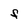
Character: F